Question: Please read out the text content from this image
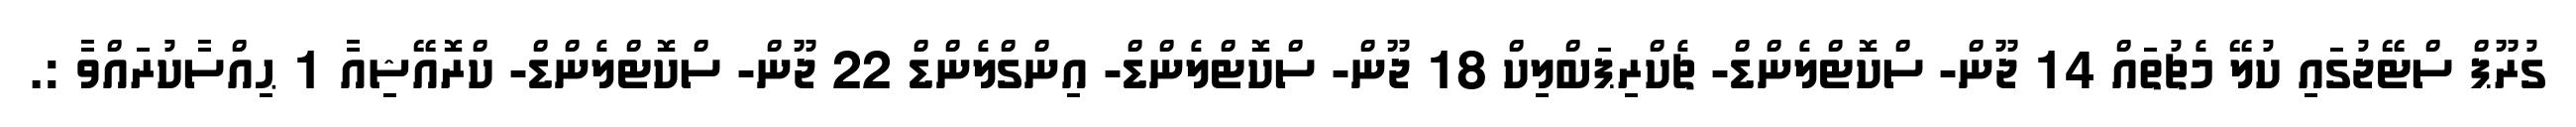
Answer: ގުރޫޕް ސްޓޭޖުގައި ކުލޭ މެޗުތައް 14 ޖޫން- ސްކޮޓްލެންޑް- ޗެކްރިޕަބްލިކް 18 ޖޫން- ސްކޮޓްލެންޑް- އިންގްލެންޑް 22 ޖޫން- ސްކޮޓްލެންޑް- ކްރޮއޭޝިއާ 1 ޙިއްސާކުރައްވާ :.